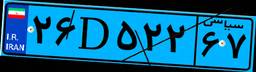
۶۳D۳۵۴۴۱